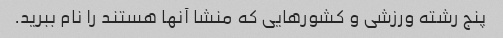
پنج رشته ورزشی و کشورهایی که منشا آنها هستند را نام ببرید.